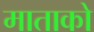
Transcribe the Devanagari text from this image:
माताको